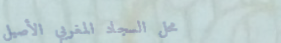
محل السجاد المغربي الأصيل